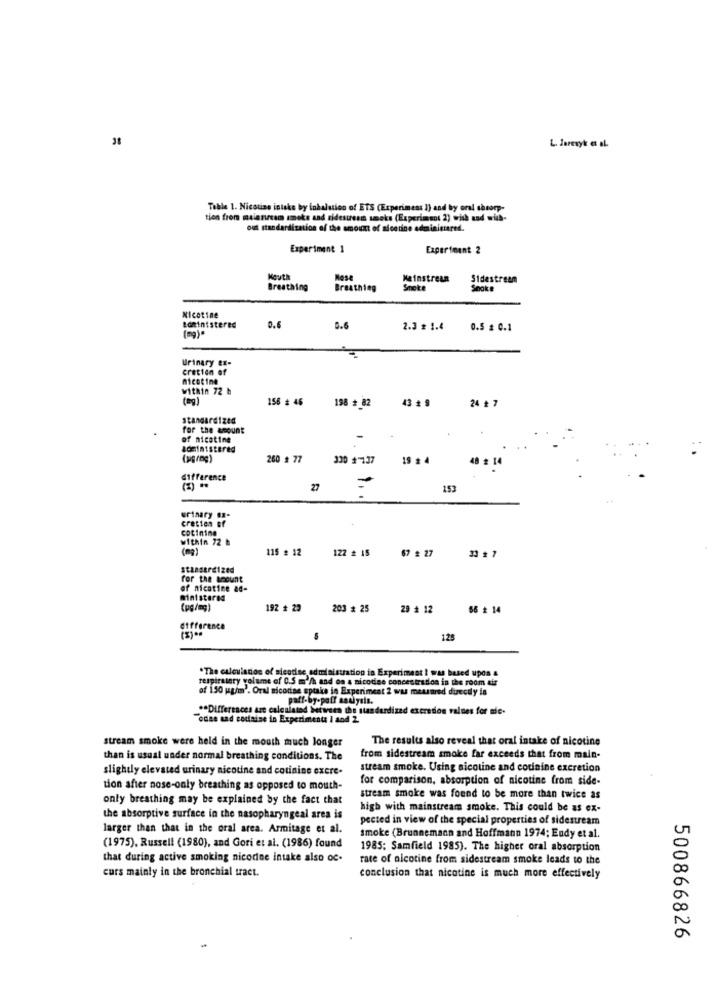
38
Table 1. Nicotine intake by inhalation of ETS (Experimess 1) and by oral theorp-
tion from malenecam smoke and ridesuess smoke (Experiment 2) wish and wich-
ous standardization of the amount of nicotine administered.
Experiment 1
Experiment 2
Mouth
Nose
Mainstream
Sidestream
Breathing
Breathing
Smoke
Snoke
Nicotine
administered
0.6
0.6
2.3 £ 1.4
0.5 # 0.1
Urinary ex-
cretten of
nicotine
within 72 h
156 # 46
198 # 82
43 # 9
24 * 7
standardized
for the amount
of nicotine
(pgrng)
260 # 77
330 # 137
19 # 4
8 # 14
difference
27
153
urinary Bx-
cretten
cotinina
within 72 b
(mg)
115 : 12
122 # 15
67 # 27
standardized
for the amount
of nicotine ad-
ministerad
192 + 23
203 # 25
29 # 12
56 # 14
difference
5
125
*The calculation of sieodine administration in Experiment I was based upon &
respiratory volume of 0.5 m /h and on a nicotine concentrados in the room air
of 150 ugim'. Oral nicodise uptake in Experiment 2 was measured directly is
paff-by-paff sauysis.
** Differences are calculated between the standardized excretion values for nie-
"odse and cocaine in Experimenta I and 2.
stream smoke were held in the mouth much longer
The results also reveal that oral intake of nicotine
than is usual under normal breathing conditions. The
from sidestream smoke far exceeds that from main-
slightly elevated urinary nicotine and cotinine exere.
stream smoke. Using nicotine and cotinine excretion
for comparison, absorption of nicotine from side-
tion after nose-only breathing as opposed to mouth-
only breathing may be explained by the fact that
stream smoke was found to be more than twice as
high with mainstream smoke. This could be as ex-
the absorptive surface in the nasopharyngeal area is
pected in view of the special properties of sidestream
larger than that in the oral area. Armitage et al.
smoke (Brunnemann and Hoffmann 1974; Endy et al.
(1975), Russell (1980), and Gori et al. (1986) found
1985: Samfield 1985). The higher oral absorption
that during active smoking nicodne intake also oc-
rate of nicotine from sidestream smoke leads to the
curs mainly in the bronchial tract.
conclusion that nicotine is much more effectively
500866826